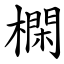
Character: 㯗